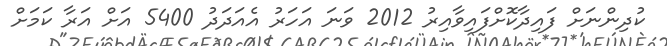
ކުދިންނަށް ފައިދާކޮށްފައިވާއިރު 2012 ވަނަ އަހަރު އެއަދަދު 5400 އަށް އަރާ ކަމަށް